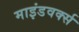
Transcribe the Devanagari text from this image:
माइंडवर्क्स